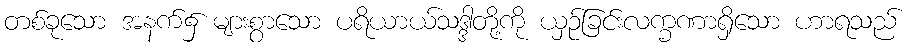
တစ်ခုသော အနက်၌ များစွာသော ပရိယာယ်သဒ္ဒါတို့ကို ယှဉ်ခြင်းလက္ခဏာရှိသော ဟာရသည်